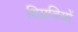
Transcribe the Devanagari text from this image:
विप्लवियों